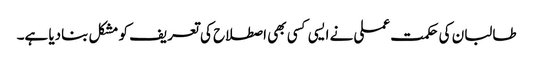
طالبان کی حکمت عملی نے ایسی کسی بھی اصطلاح کی تعریف کو مشکل بنادیا ہے۔